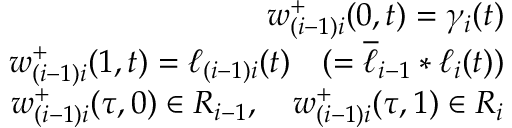
\begin{array} { r l r } & { } & { w _ { ( i - 1 ) i } ^ { + } ( 0 , t ) = \gamma _ { i } ( t ) } \\ & { } & { w _ { ( i - 1 ) i } ^ { + } ( 1 , t ) = \ell _ { ( i - 1 ) i } ( t ) \quad ( = \overline { { \ell } } _ { i - 1 } \ast \ell _ { i } ( t ) ) } \\ & { } & { w _ { ( i - 1 ) i } ^ { + } ( \tau , 0 ) \in R _ { i - 1 } , \quad w _ { ( i - 1 ) i } ^ { + } ( \tau , 1 ) \in R _ { i } } \end{array}